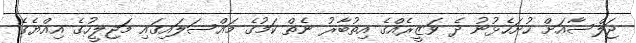
ޖަލްސާއަށް ހުށަހެޅުނު ދެ ވަޒީރެއްގެ އިތުބާރު ނެތް ކަމުގެ މައްސަލައިގައި މަޖިލީހުގެ އިއްޔެގެ